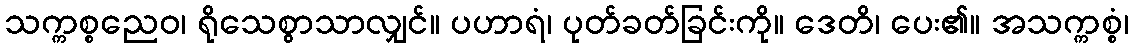
သက္ကစ္စညေဝ၊ ရိုသေစွာသာလျှင်။ ပဟာရံ၊ ပုတ်ခတ်ခြင်းကို။ ဒေတိ၊ ပေး၏။ အသက္ကစ္စံ၊